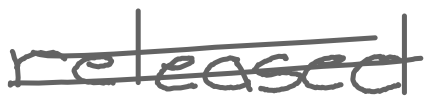
Text: released
Cross-out: double-line
Writing tool: digital_gray